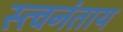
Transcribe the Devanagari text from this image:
स्त्वनंताय